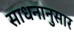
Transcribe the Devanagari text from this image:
साधनानुसार